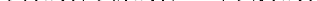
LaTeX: \smash{\psi_{1}(x_{\mathbf{i}}),\psi_{2}(x_{\mathbf{i}}),\ldots,\psi_{N}(x_{\mathbf{i}})}